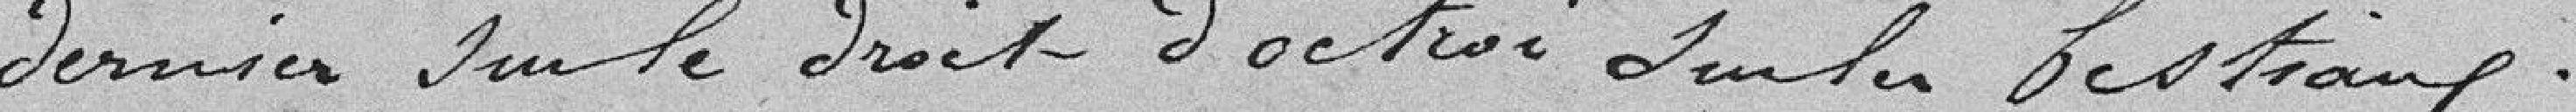
dernier sur le droit d'octroi sur les bestiaux.